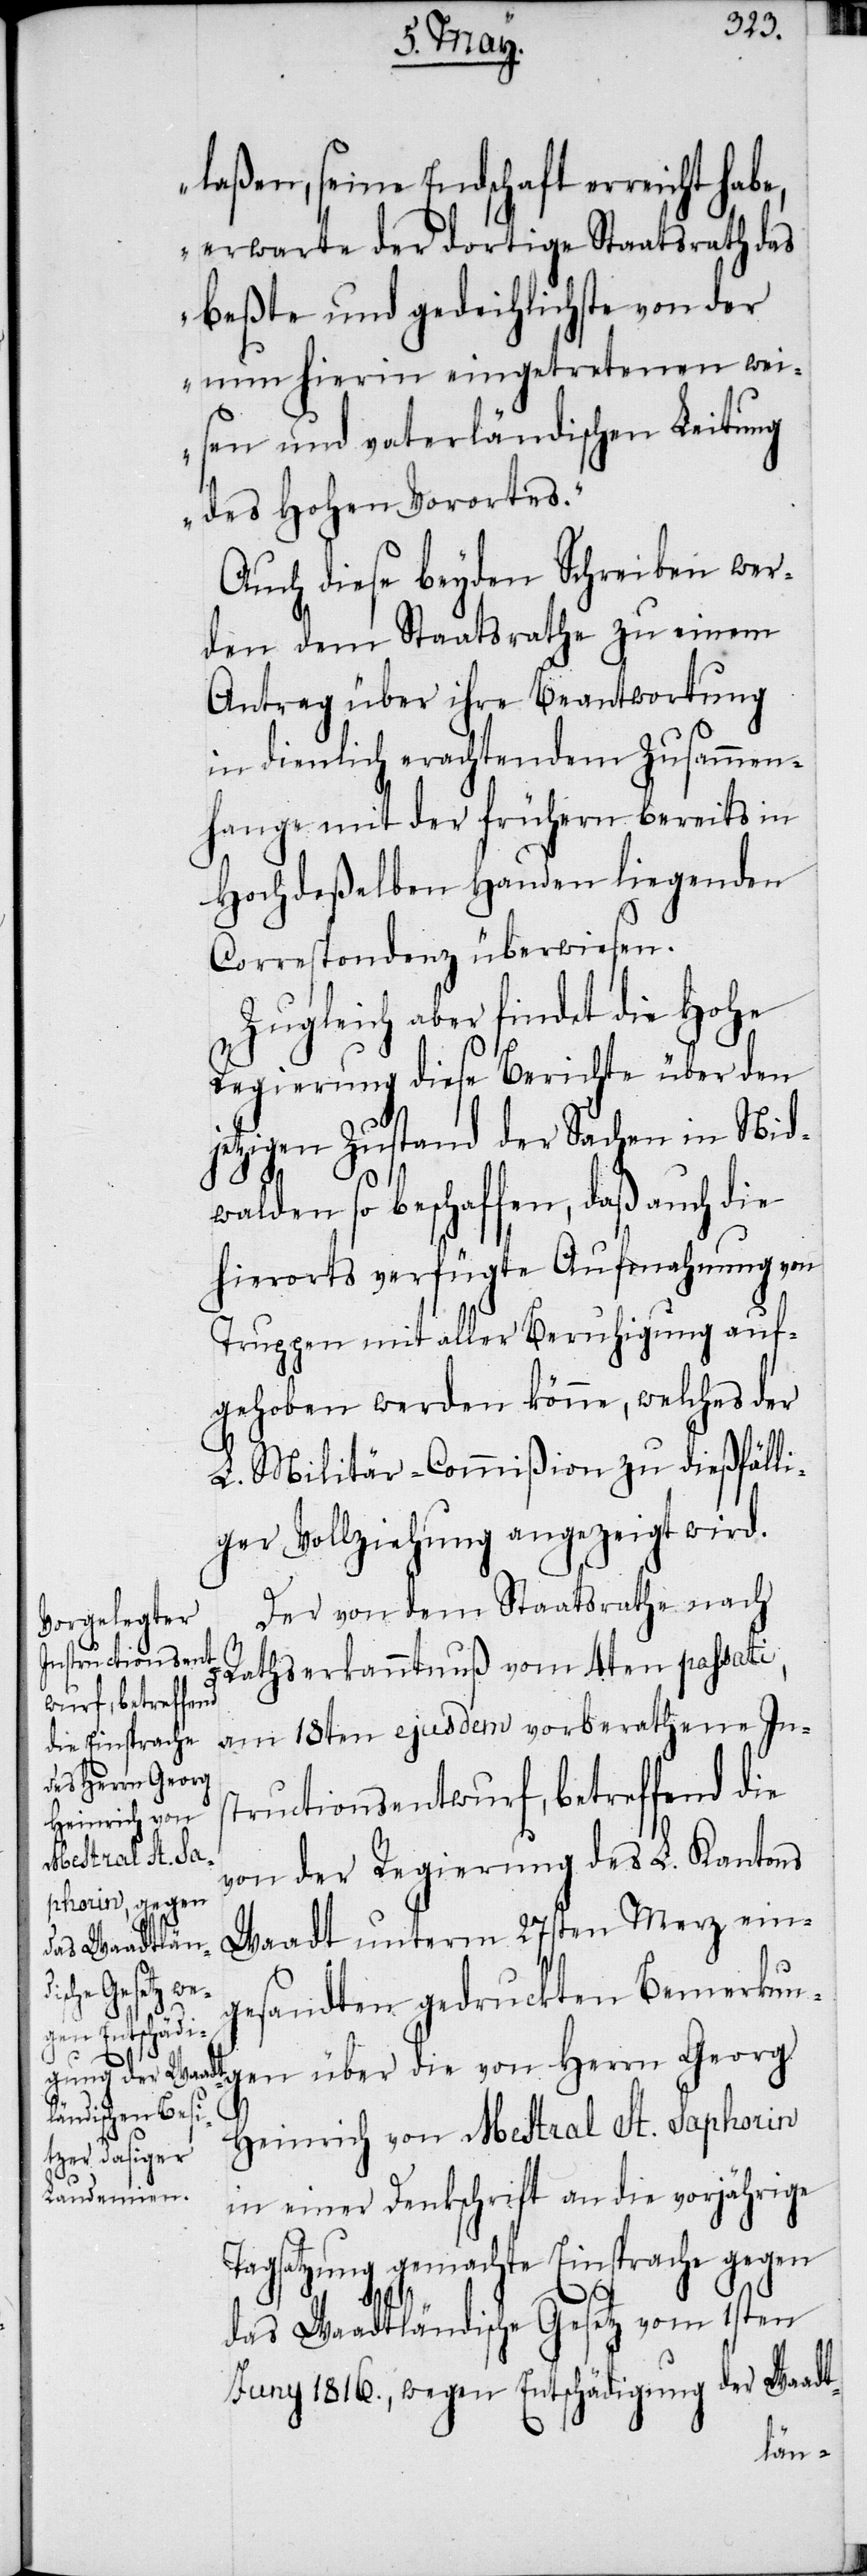
laßen, seine Endschaft erreicht habe,
erwarte der dortige Staatsrath das
beßte und gedeihlichste von der
nun hierin eingetretenen wei¬
sen und vaterländischen Leitung
des Hohen Vorortes.“
Auch diese beyden Schreiben wer¬
den dem Staatsrathe zu einem
Antrag über ihre Beantwortung
in dienlich erachtendem Zusammen¬
hange mit der frühern bereits in
Hochdeßelben Handen liegenden
Correspondenz überwiesen.
Zugleich aber findet die Hohe
Regierung diese Berichte über den
jetzigen Zustand der Sachen in Nid¬
walden so beschaffen, daß auch die
hierorts verfügte Aufmahnung von
Truppen mit aller Beruhigung auf¬
gehoben werden könne, welches der
L. Militär-Commißion zu dießfälli¬
ger Vollziehung angezeigt wird.
Der von dem Staatsrathe nach
gen über die
Rathserkanntnuß vom 4ten passati,
am 18ten ejusdem vorberathene Ins¬
von Herrn Georg
tructionsentwurf, betreffend die
von der Regierung des L. Kantons
Waadt unterm 27sten Merz ein¬
gesandten gedruckten Bemerkun¬
Heinrich von Mestral St. Saphorin
in einer Denkschrift an die vorjährige
Tagsatzung gemachte Einsprache gegen
das Waadtländische Gesetz vom 1ten
Juny 1816., wegen Entschädigung der Waadt-